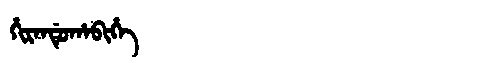
Manchu: ᡥᡳᡵᠠᠨᡩᡠᡥᠠᠪᡳᡥᡝ
Romanization: HIRANDUHABIHE